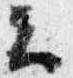
云